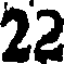
22